Civil Veterinary Department Bengal reports 1923-33 - 1923-1933
Year: 1923
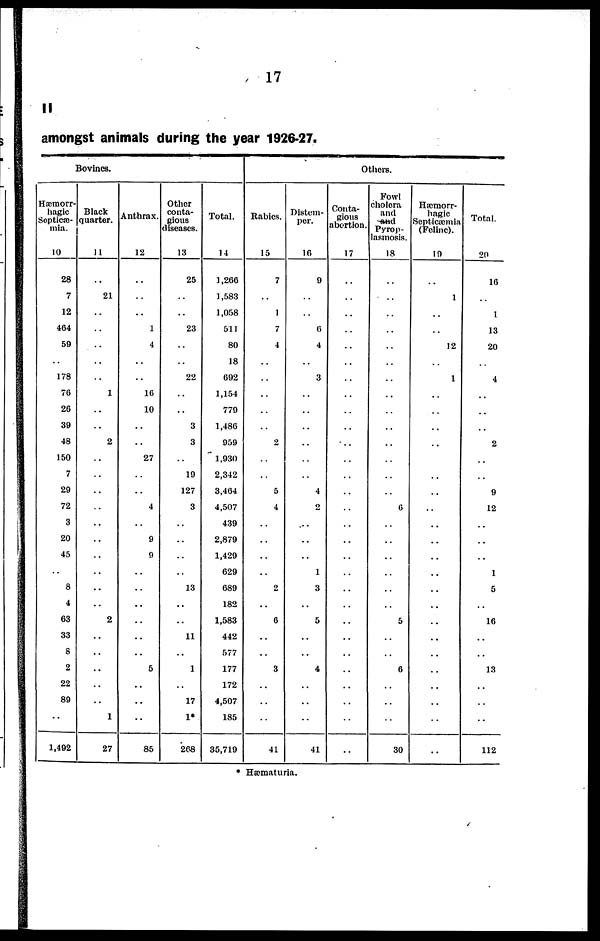
17
II
amongst animals during the year 1926-27.
Bovines.
Hæmorr-
hagic
Septicæ-
mia.
10
28
7
12
464
59
..
178
76
26
39
48
150
7
29
72
3
20
45
..
8
4
63
33
8
2
22
89
..
1,492
Black
quarter.
11
..
21
..
..
..
..
..
1
..
..
2
..
..
..
..
..
..
..
..
..
..
2
..
..
..
..
..
1
27
Anthrax.
12
..
..
..
1
4
..
..
10
10
..
..
27
..
..
4
..
9
9
..
..
..
..
..
..
5
..
..
..
85
Other
conta-
gious
diseases.
13
25
..
..
23
..
..
22
..
..
3
3
..
19
127
3
..
..
..
..
13
..
..
11
..
1
..
17
1*
268
Total.
14
1,266
1,583
1,058
511
80
18
692
1,154
779
1,486
959
1,930
2,342
3,464
4,507
439
2,879
1,429
629
689
182
1,583
442
577
177
172
4,507
185
35,719
Others.
Rabies.
15
7
..
1
7
4
..
..
..
..
..
2
..
..
5
4
..
..
..
..
2
..
6
..
..
3
..
..
..
41
Distem-
per.
16
9
..
..
6
4
..
3
..
..
..
..
..
..
4
2
..
..
..
1
3
..
5
..
..
4
..
..
..
41
Conta-
gious
abortion.
17
..
..
..
..
..
..
..
..
..
..
..
..
..
..
..
..
..
..
..
..
..
..
..
..
..
..
..
..
..
Fowl
cholera
and
and
Pyrop-
lasmosis.
18
..
..
..
..
..
..
..
..
..
..
..
..
..
..
6
..
..
..
..
..
..
5
..
..
6
..
..
..
30
Hæmorr-
hagic
Septicæmia
(Feline).
19
..
1
..
..
12
..
1
..
..
..
..
..
..
..
..
..
..
..
..
..
..
..
..
..
..
..
..
..
..
Total.
20
16
..
1
13
20
..
4
..
..
..
2
..
..
9
12
..
..
..
1
5
..
16
..
..
13
..
..
..
112
* Hæmaturia.